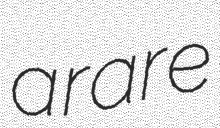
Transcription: a rare